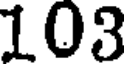
103